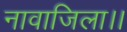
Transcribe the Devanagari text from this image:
नावाजिला।।